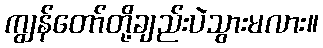
ကျွန်တော်တို့ချည်းပဲသွားမလား။